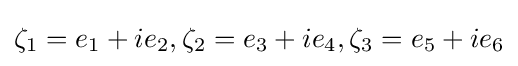
\zeta _{1}=e_{1}+ie_{2},\zeta _{2}=e_{3}+ie_{4},\zeta _{3}=e_{5}+ie_{6}